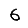
Digit: 6